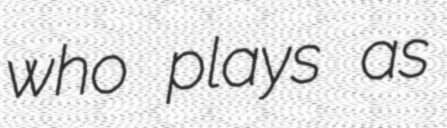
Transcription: who plays as